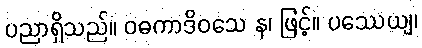
ပညာရှိသည်။ ဝဓကာဒိဝသေ န၊ ဖြင့်။ ပဿေယျ၊